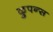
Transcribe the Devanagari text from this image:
कुपन्स